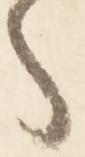
々